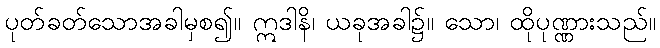
ပုတ်ခတ်သောအခါမှစ၍။ ဣဒါနိ၊ ယခုအခါ၌။ သော၊ ထိုပုဏ္ဏားသည်။